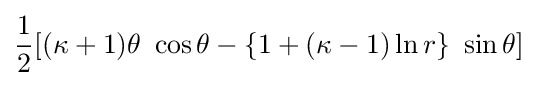
{\frac {1}{2}}[(\kappa +1)\theta ~\cos \theta -\{1+(\kappa -1)\ln r\}~\sin \theta ]